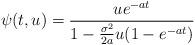
LaTeX: \begin{align*}\psi(t,u)=\frac{ue^{-at}}{1-\frac{\sigma^2}{2a}u(1-e^{-at})}\end{align*}